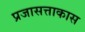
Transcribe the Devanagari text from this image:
प्रजासत्ताकास